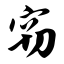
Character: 窃